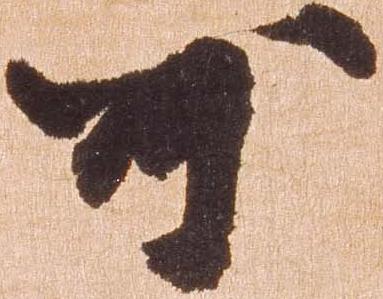
可